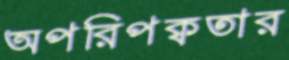
অপরিপক্বতার